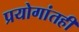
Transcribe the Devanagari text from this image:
प्रयोगांतही